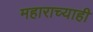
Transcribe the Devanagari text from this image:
महाराच्याही